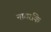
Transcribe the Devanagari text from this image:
नागरकि